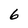
Character: 6